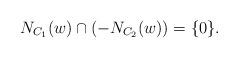
LaTeX: \begin{align*}N_{C_1}(w)\cap (-N_{C_2}(w)) =\{0\}.\end{align*}